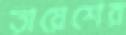
তায়েশের